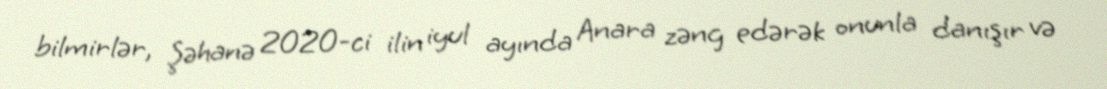
bilmirlər, Şəhanə 2020-ci ilin iyul ayında Anara zəng edərək onunla danışır və